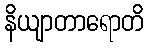
နိယျာတာရောတိ